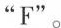
"F"。